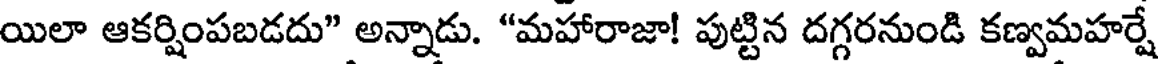
యిలా ఆకర్షింపబడదు" అన్నాడు. "మహారాజా! పుట్టిన దగ్గరనుండి కణ్వమహర్షే